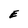
Character: E